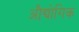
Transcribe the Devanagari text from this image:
अौद्योगिक